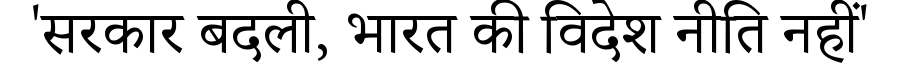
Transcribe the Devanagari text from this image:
'सरकार बदली, भारत की विदेश नीति नहीं'